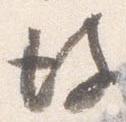
彼